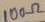
Text: 100Ω